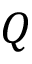
Q